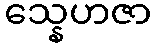
သ္နေဟဇာ